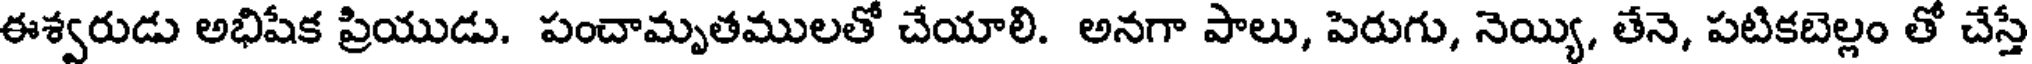
ఈశ్వరుడు అభిషేక ప్రియుడు. పంచామృతములతో చేయాలి. అనగా పాలు, పెరుగు, నెయ్యి, తేనె, పటికబెల్లం తో చేస్తే